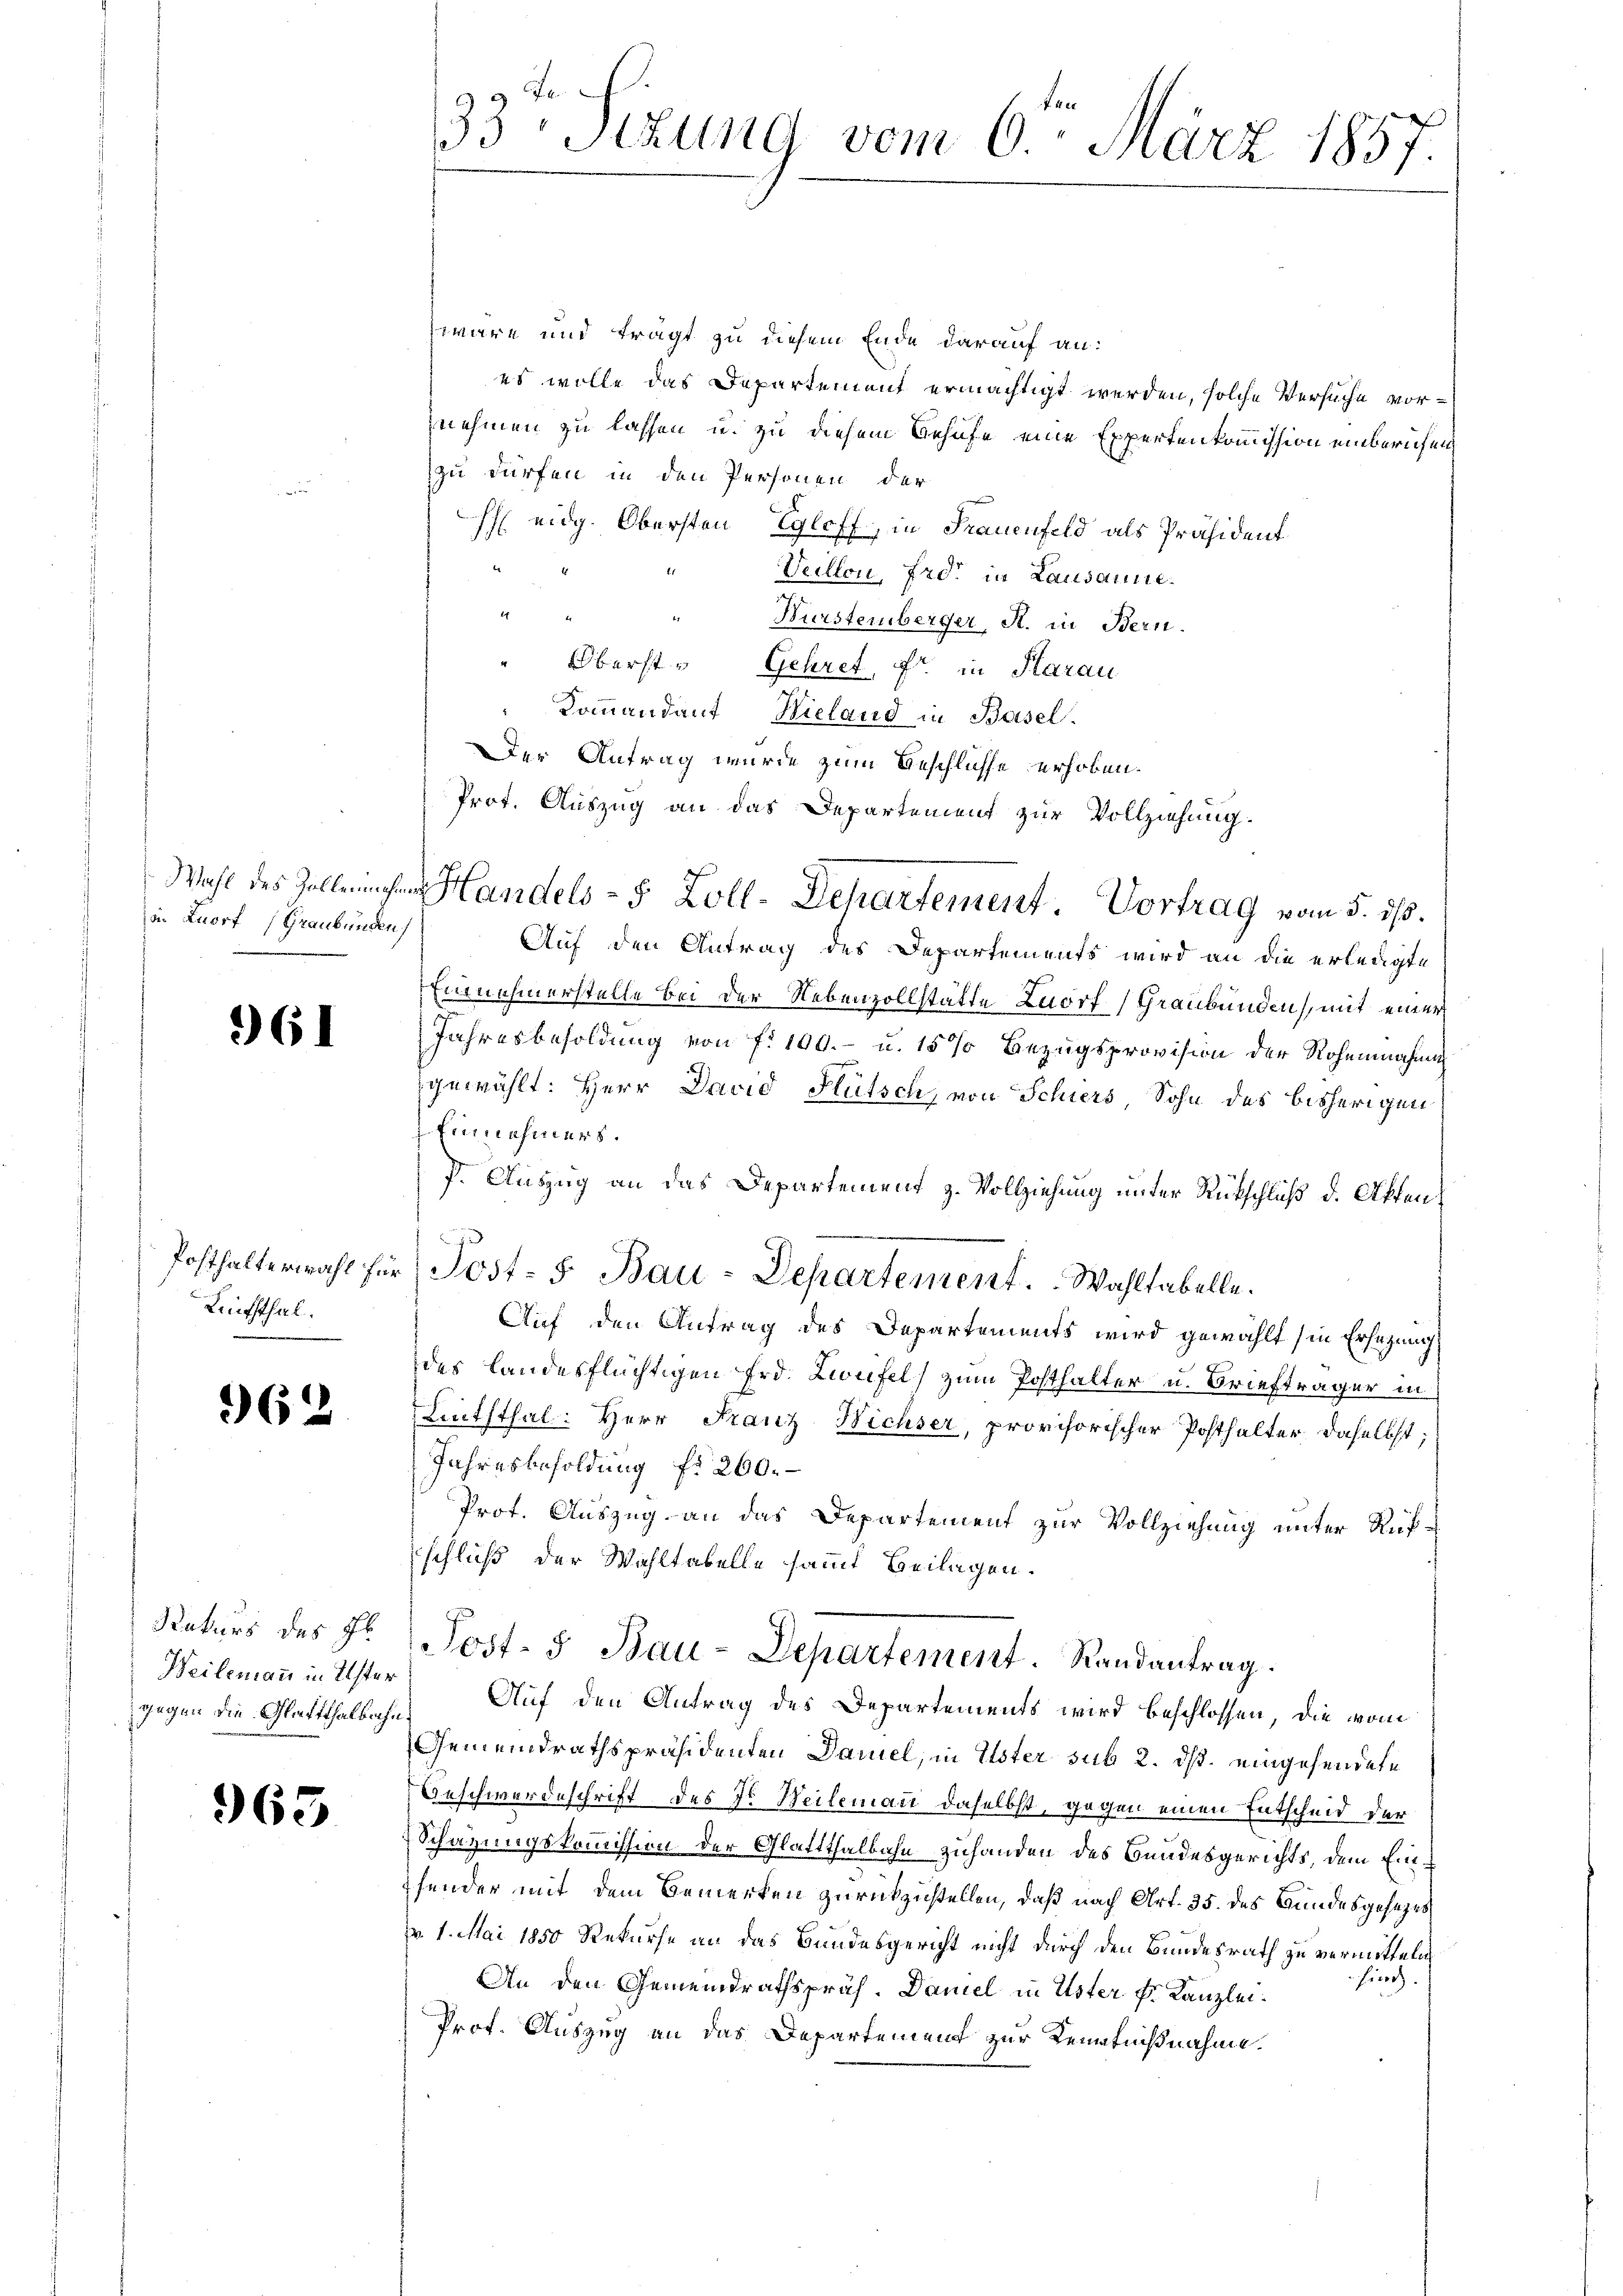
Wahl des Zollennahm
i Zuorf (Graubünden

961

Posthalterwahl für
Linththal.

962

Rakurs des Hl.
Weilemann in Uster
gegen die Glatthalbahn

963

33te Sizung vom 6ten März 1857.

wäre und trägt zu diesem Ende darauf an:
es wolle das Departement ermächtigt werden, solche Versuche vornehmen zu lassen u. zu diesem Behufe eine Expertenkommission einberuhen,
zu dürfen in den Personen der
H eidg. Obersten Egloff, in Frauenfeld als Präsident
be
Veillon, froh in Lausanne.
1
Bürstemberger, R. in Bern.
Oberst- Gehret, fr. in Aarau
Kommandant Nicland in Basel.
Der Antrag wurde zum Beschlüsse erhoben.
Auf den Antrag des Departements wird an die erledigte
Einnehmerstelle bei der Nebenzollstätte Knorf, Graubünden, mit einer
Jahresbesoldung von f. 100.- u. 15% Bezugsprovision der Rohennahmen
gewählt: Herr David Flütsch, von Schiers Sohn des bisherigen
Einnahmers.
P. Auszug an das Departement z. Vollziehung unter Rütschluß d. Akten
Post- 5. Bau-Departement. Wahltabelle.
Auf den Antrag des Departements wird gewählt (in Ersezung
des Landesflüchtigen Erd. Zweifel zum Posthalter u. Briefträger in
Lnththal: Herr Franz Wichser, provisorischer Posthalter daselbst;
Jahresbesoldung f. 260.
Prot. Auszug an das Departement zur Vollziehung unter Rufschluß der Wahltabelle sammt Beilagen.
Post- & Bau-Departement. Randantrag.
Auf den Antrag des Departements wird beschlossen, die vom
Gemeindrathspräsidenten Daniel, in Uster sub 2. ds. eingehendete
Geschwerdeschrift des Hr. Beilemant daselbst, gegen einen Entscheid der
Schazungskommission der Glattthalbahn zuhanden des Bundesgerichts, dem Einsender mit dem Bemerken zurückzustellen, daß nach Art. 35. des Bundesgesezes
v. 1. Mai 1850 Rekurse an das Bundesgericht nicht durch den Bundesrath zu vermitteln,
fürch.
An den Gemeindrathspräs. Damel in Uster Fr. Kanzlei¬
Prof. Auszug an das Departement zur Kenntnißnahme.

Prot. Auszug an das Departement zur Vollziehung.
Handels- 5 Zoll-Departement. Vortrag vom 5. ds.